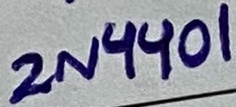
Text: 2N4401